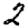
Digit: 2